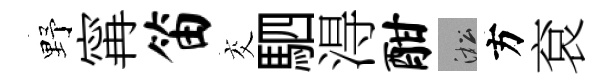
野𡩋笛交駟淂酣淞方袞